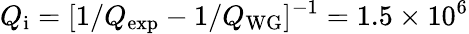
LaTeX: Q_{\mathrm{i}}=[1/Q_{\mathrm{exp}}-1/Q_{\mathrm{WG}}]^{-1}=1.5\times 10^{6}